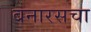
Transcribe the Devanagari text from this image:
बनारसचा